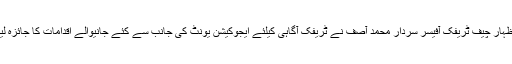
ان خیالات کا اظہار چیف ٹریفک آفیسر سردار محمد آصف نے ٹریفک آگاہی کیلئے ایجوکیشن یونٹ کی جانب سے کئے جانیوالے اقدامات کا جائزہ لیتے ہوئے کیا ۔